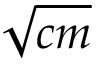
\sqrt { c m }